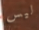
ليس